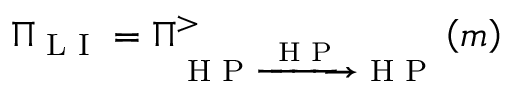
\Pi _ { \textrm { L I } } = \Pi _ { \textrm { H P } \xrightarrow { \textrm { H P } } \textrm { H P } } ^ { > } \left( m \right)